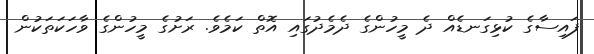
ފައިސާގެ ކުޅިގަނޑެއް ދެ މީހުންގެ ދެމެދުގައި އޮތް ކަމެވެ. ރަށުގެ މީހުންގެ ވާހަކަތަކުން